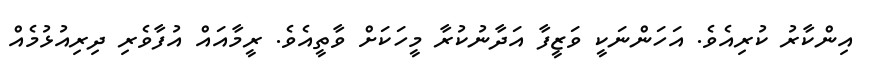
އިންކާރު ކުރިއެވެ. އަހަންނަކީ ވަޒީފާ އަދާނުކުރާ މީހަކަށް ވާތީއެވެ. ރީމާއައް އުފާވެރި ދިރިއުޅުމެއް